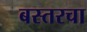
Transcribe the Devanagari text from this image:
बस्तरचा